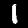
Label: 1